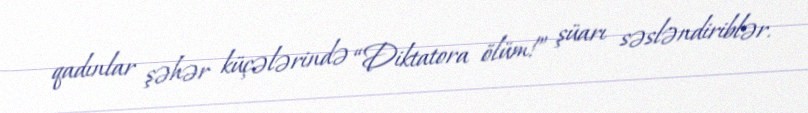
qadınlar şəhər küçələrində “Diktatora ölüm!” şüarı səsləndiriblər.